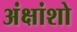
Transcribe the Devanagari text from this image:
अंक्षांशो